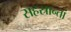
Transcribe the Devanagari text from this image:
सहस्रान्तां